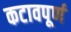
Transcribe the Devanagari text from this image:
कटावपूर्ण